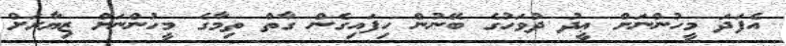
އެފަދަ މީހުންނަށް ޢީދު ދުވަހުގެ ބޭނުން ހިފައިގެން ގާތް ތިމާގެ މީހުންނަށް ޒިޔާރަށް